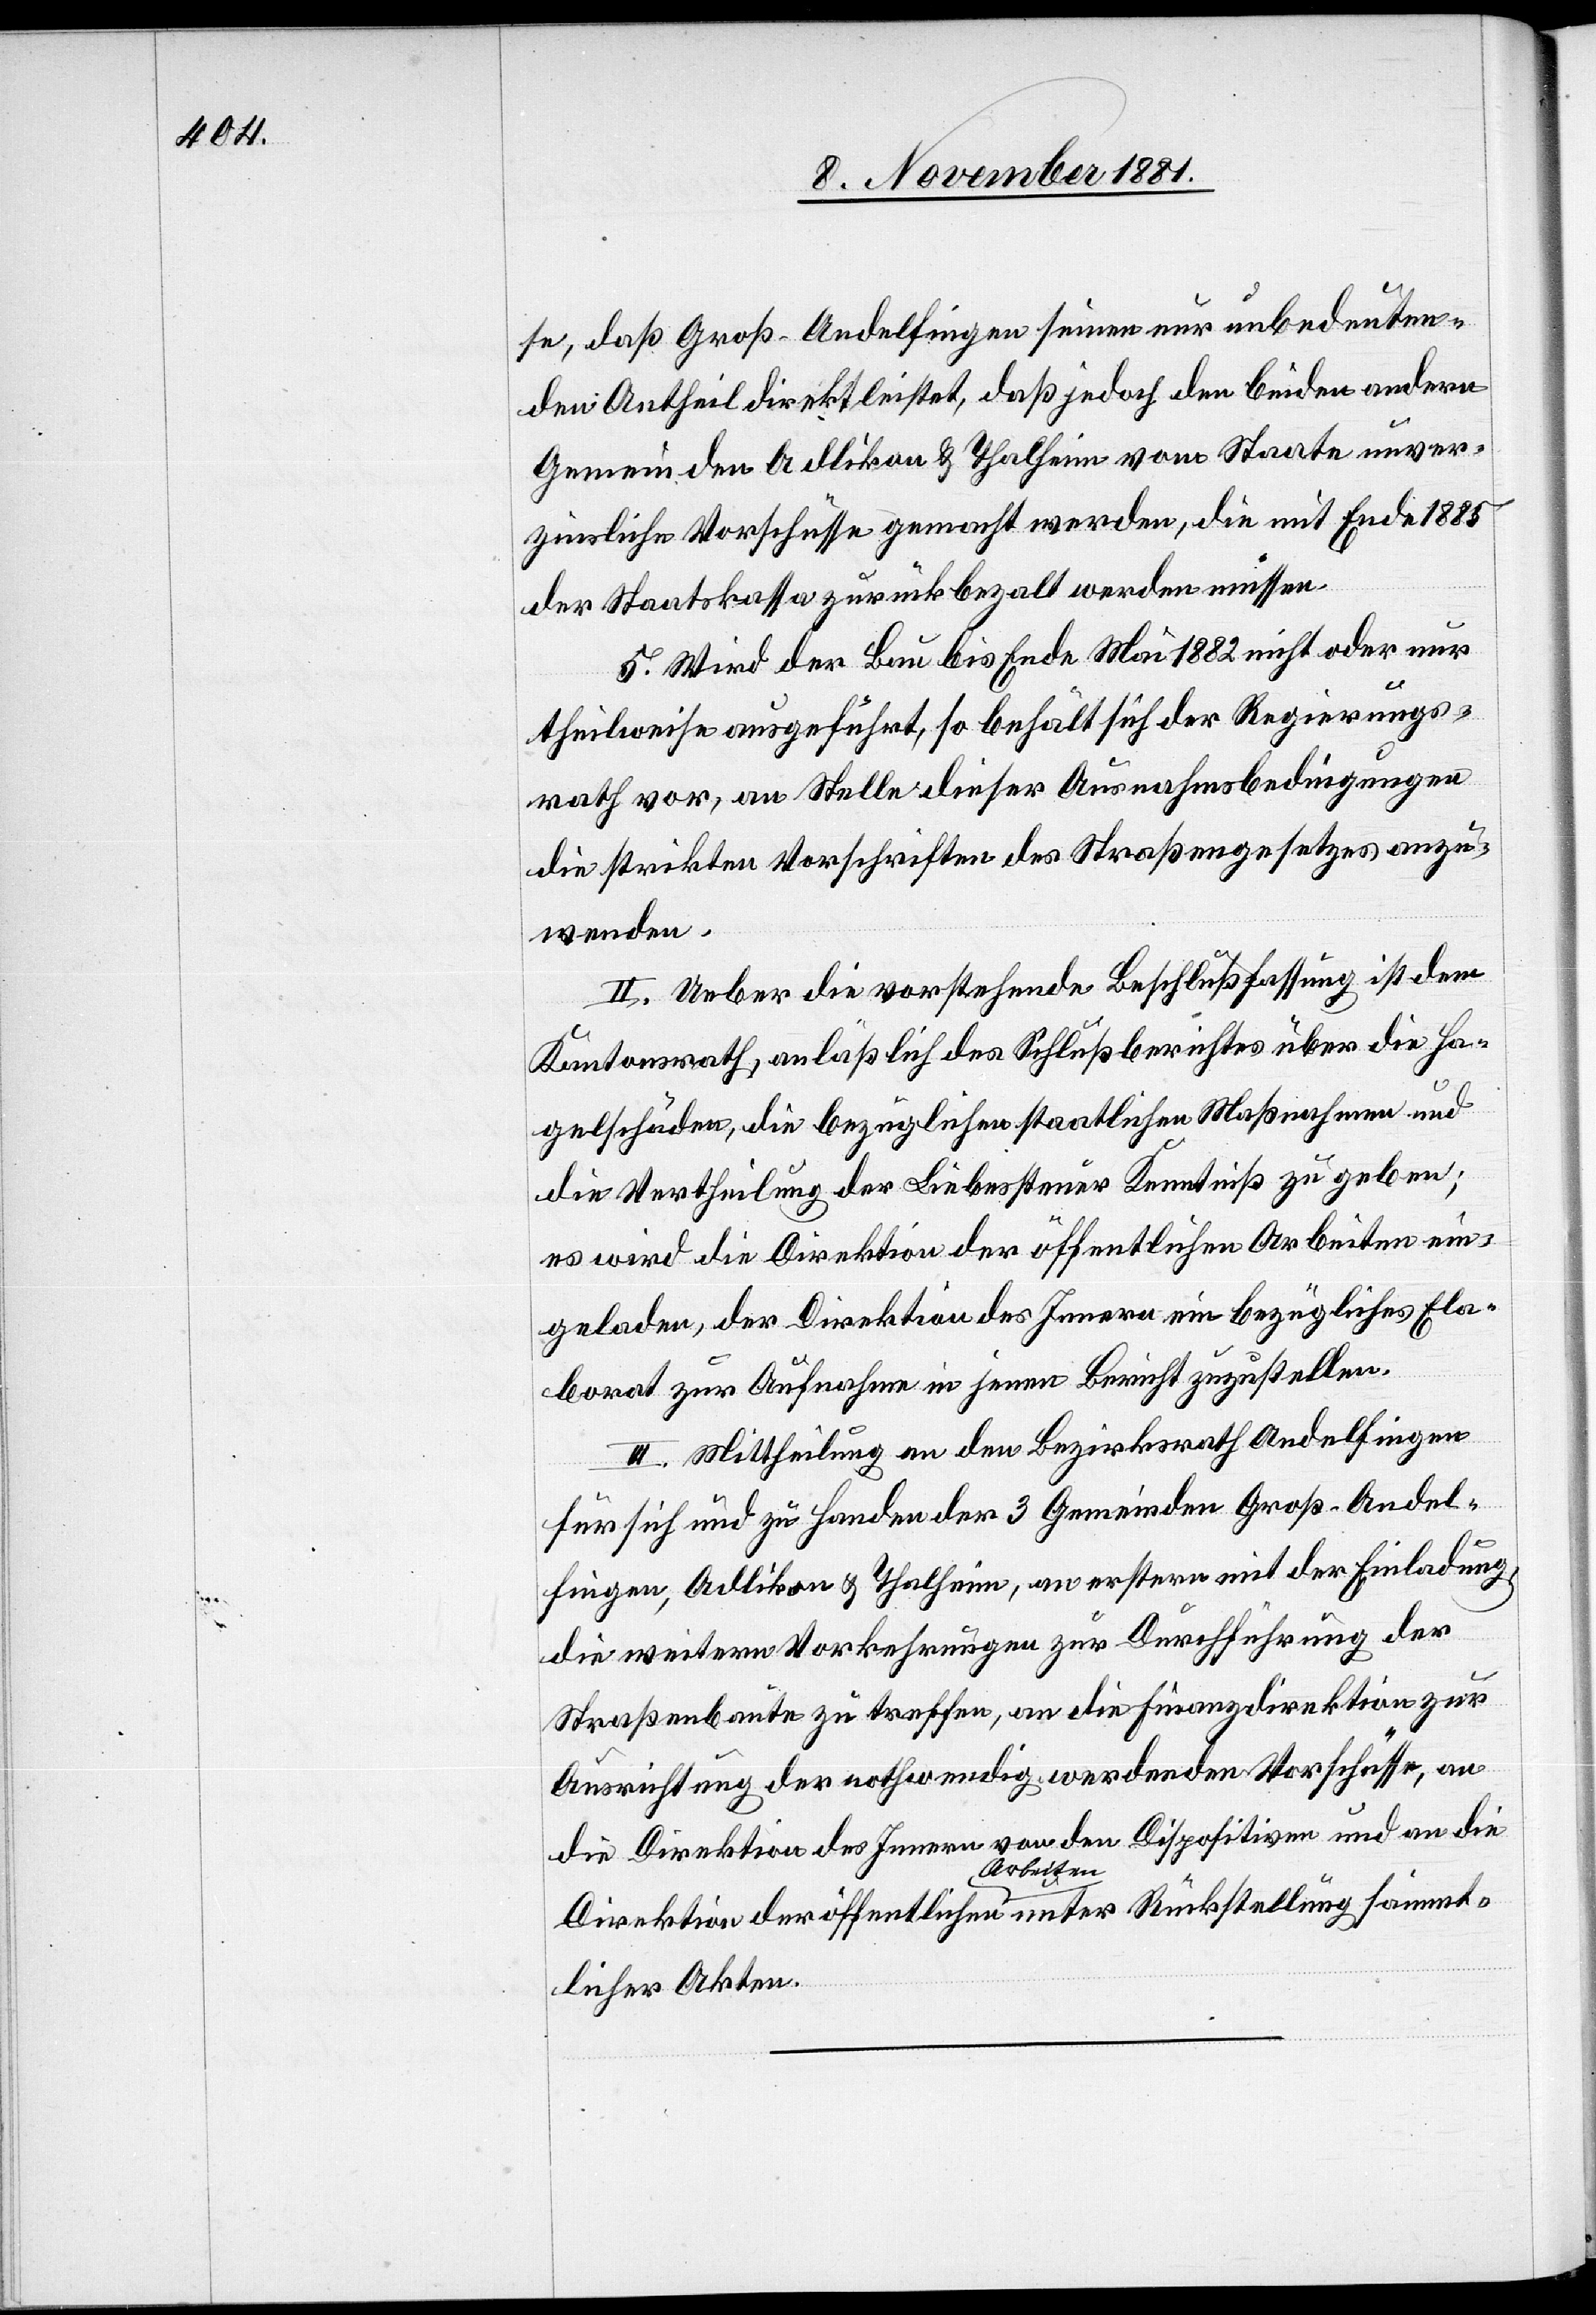
se, daß Groß-Andelfingen seinen nur unbedeuten¬
den Antheil direkt leistet, daß jedoch den beiden andern
Gemeinden Adlikon & Thalheim vom Staate unver¬
zinsliche Vorschüsse gemacht werden, die mit Ende 1885
der Staatskassa zurückbezalt werden müssen.
5. Wird der Bau bis Ende Mai 1882 nicht oder nur
theilweise ausgeführt, so behält sich der Regierungs¬
rath vor, an Stelle dieser Ausnahmsbedingungen
die strikten Vorschriften des Straßengesetzes anzu¬
wenden.
II. Ueber die vorstehende Beschlußfassung ist dem
Kantonsrath, anläßlich des Schlußberichtes über die Ha¬
gelschäden, die bezüglichen staatlichen Maßnahmen und
die Vertheilung der Liebessteuer Kenntniß zu geben;
es wird die Direktion der öffentlichen Arbeiten ein¬
geladen, der Direktion des Innern ein bezügliches Ela¬
borat zu Aufnahme in jenen Bericht zuzustellen.
III. Mittheilung an den Bezirksrath Andelfingen
für sich und zu Handen der 3 Gemeinden Groß-Andel¬
fingen, Adlikon & Thalheim, an erstere mit der Einladung,
die weitern Vorkehrungen zur Durchführung der
Straßenbaute zu treffen, an die Finanzdirektion zur
Ausrichtung der nothwendig werdenden Vorschüsse, an
die Direktion des Innern von den Dispositiven und an die
Direktion der öffentlichen Arbeiten unter Rückstellung sämmt¬
licher Akten.